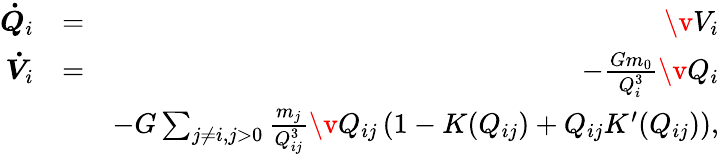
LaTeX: \begin{array}{rlr}{\boldsymbol{\dot{Q}}_{i}}&{=}&{\v V_{i}}\\ {\boldsymbol{\dot{V}}_{i}}&{=}&{-\frac{Gm_{0}}{Q_{i}^{3}}\v Q_{i}}\\ &{}&{-G\sum_{j\neq i,j>0}\frac{m_{j}}{Q_{ij}^{3}}\v Q_{ij}\left(1-K(Q_{ij})+Q_{ij}K^{\prime}(Q_{ij})\right),}\end{array}